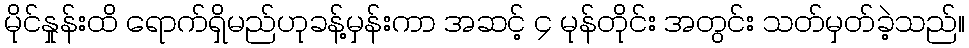
မိုင်နှုန်းထိ ရောက်ရှိမည်ဟုခန့်မှန်းကာ အဆင့် ၄ မုန်တိုင်း အတွင်း သတ်မှတ်ခဲ့သည်။